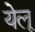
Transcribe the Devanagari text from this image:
येलू